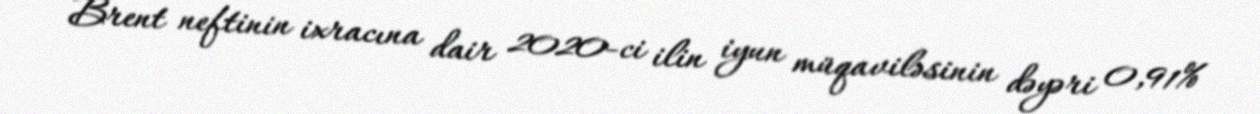
Brent neftinin ixracına dair 2020-ci ilin iyun müqaviləsinin dəyəri 0,91%